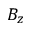
B _ { z }